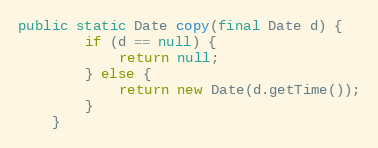
Language: Java
public static Date copy(final Date d) {
        if (d == null) {
            return null;
        } else {
            return new Date(d.getTime());
        }
    }